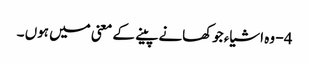
4 - وہ اشیاء جوکھانے پینے کے معنی میں ہوں ۔